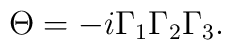
\Theta = -i \Gamma_1 \Gamma_2 \Gamma_3.